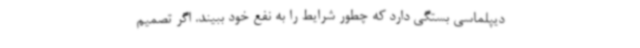
دیپلماسی بستگی دارد که چطور شرایط را به نفع خود ببیند. اگر تصمیم‌